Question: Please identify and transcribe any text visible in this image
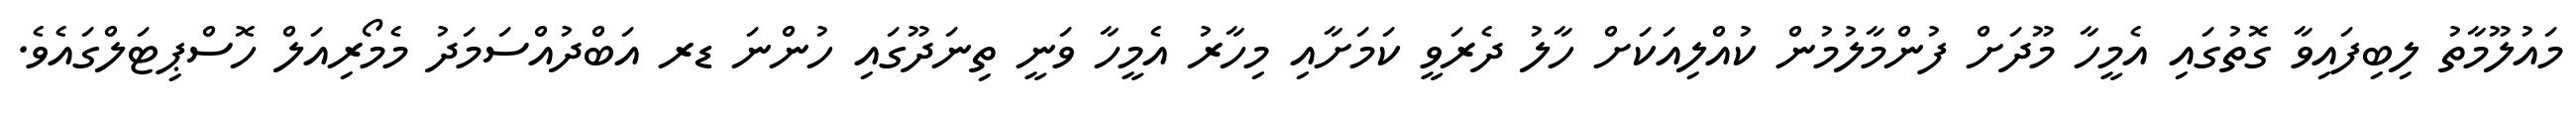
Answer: މައުލޫމާތު ލިބިފައިވާ ގޮތުގައި އެމީހާ މޫދަށް ފުންމާލުމުން ކުއްލިއަކަށް ހާލު ދެރަވީ ކަމަށާއި މިހާރު އެމީހާ ވަނީ ތިނަދޫގައި ހުންނަ ޑރ އަބްދުއްސަމަދު މެމޯރިއަލް ހޮސްޕިޓަލްގައެވެ.